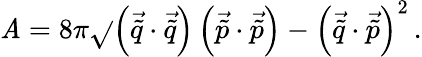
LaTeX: \mathit{A}=8\pi\sqrt{}{{\left(\vec{{\tilde{{q}}}}\cdot\vec{{\tilde{{q}}}}\right)\left(\vec{{\tilde{{p}}}}\cdot\vec{{\tilde{{p}}}}\right)-\left(\vec{{\tilde{{q}}}}\cdot\vec{{\tilde{{p}}}}\right)^{2}}}\, .